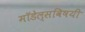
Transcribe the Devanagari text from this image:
मॉडेल्सविषयी